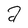
Character: a